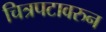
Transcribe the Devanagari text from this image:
चित्रपटावरुन